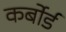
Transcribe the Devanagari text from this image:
कर्बोर्ड